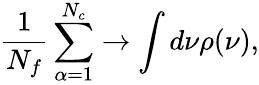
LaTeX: \frac{1}{N_{f}}\sum_{\alpha=1}^{N_{c}}\rightarrow\int d\nu\rho(\nu),